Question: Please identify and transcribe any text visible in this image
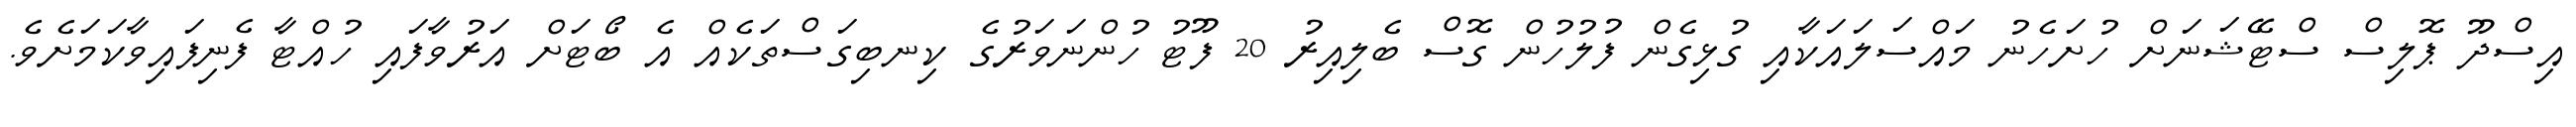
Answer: އިސްދޫ ޕޮލިސް ސްޓޭޝަނަށް ހުށަހެނު މައްސަލައަކާއި ގުޅިގެން ފުލުހުން ގޮސް ބެލިއިރު 20 ފޫޓު ހުންނަވަރުގެ ކިނބިގަސްތަކެއް އެ ބޯޓަށް އަރުވާފައި ހުއްޓާ ފެނިފައިވާކަމަށެވެ.